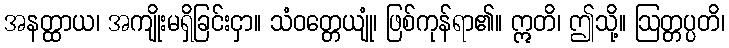
အနတ္ထာယ၊ အကျိုးမရှိခြင်းငှာ။ သံဝတ္တေယျုံ၊ ဖြစ်ကုန်ရာ၏။ ဣတိ၊ ဤသို့။ ဩတ္တပ္ပတိ၊